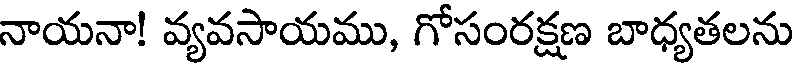
నాయనా! వ్యవసాయము, గోసంరక్షణ బాధ్యతలను